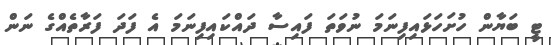
ޓީ ބަޔާން ހުށަހަޅައިފިނަމަ ނުވަތަ ފައިސާ ދައްކައިފިނަމަ އެ ފަދަ ފަރާތެއްގެ ނަން